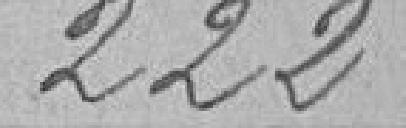
222